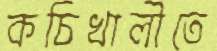
কচিখালীতে